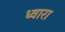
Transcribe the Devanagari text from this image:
ध्वारा